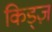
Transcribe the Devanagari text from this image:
किड्ज़